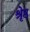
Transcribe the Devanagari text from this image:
श्रृेष्ठ